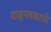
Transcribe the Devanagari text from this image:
वाहनतळाची